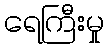
ရေကြီးမှု